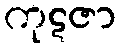
ကုဋဇာ